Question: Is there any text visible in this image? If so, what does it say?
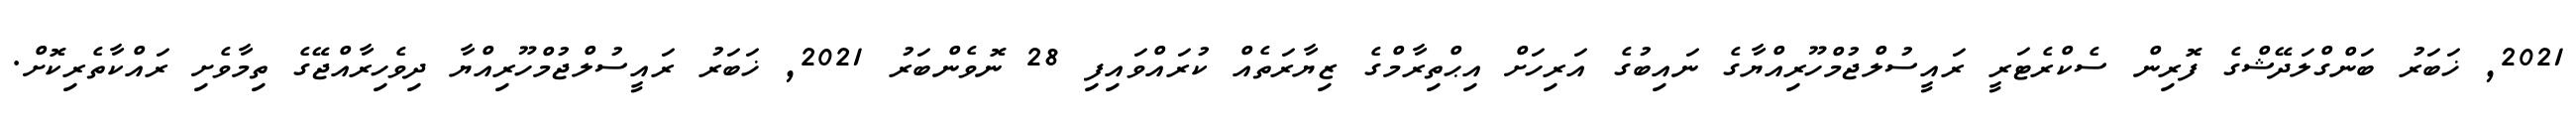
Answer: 2021, ޚަބަރު ބަންގްލަދޭޝްގެ ފޮރިން ސެކްރެޓަރީ ރައީސުލްޖުމްހޫރިއްޔާގެ ނައިބުގެ އަރިހަށް އިޙްތިރާމްގެ ޒިޔާރަތެއް ކުރައްވައިފި 28 ނޮވެންބަރު 2021, ޚަބަރު ރައީސުލްޖުމްހޫރިއްޔާ ދިވެހިރާއްޖޭގެ ތިމާވެށި ރައްކާތެރިކޮށް.